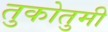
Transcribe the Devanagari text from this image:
तुकोतुमी